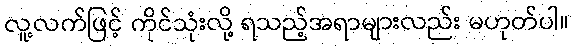
လူ့လက်ဖြင့် ကိုင်သုံးလို့ ရသည့်အရာများလည်း မဟုတ်ပါ။